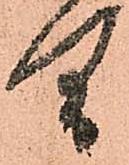
里